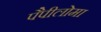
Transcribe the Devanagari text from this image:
पैपीलोमा